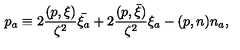
p _ { a } \equiv 2 \frac { ( p , \xi ) } { \zeta ^ { 2 } } \bar { \xi _ { a } } + 2 \frac { ( p , \bar { \xi } ) } { \zeta ^ { 2 } } \xi _ { a } - ( p , n ) n _ { a } ,